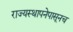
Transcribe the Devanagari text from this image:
राज्यस्थापनेपासूनच